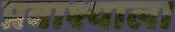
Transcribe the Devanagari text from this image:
प्रवाश्याला